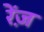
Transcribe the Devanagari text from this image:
रेंज़